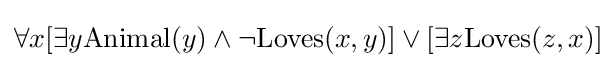
\forall x[\exists y\mathrm {Animal} (y)\land \lnot \mathrm {Loves} (x,y)]\lor [\exists z\mathrm {Loves} (z,x)]